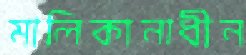
মালিকানাধীন